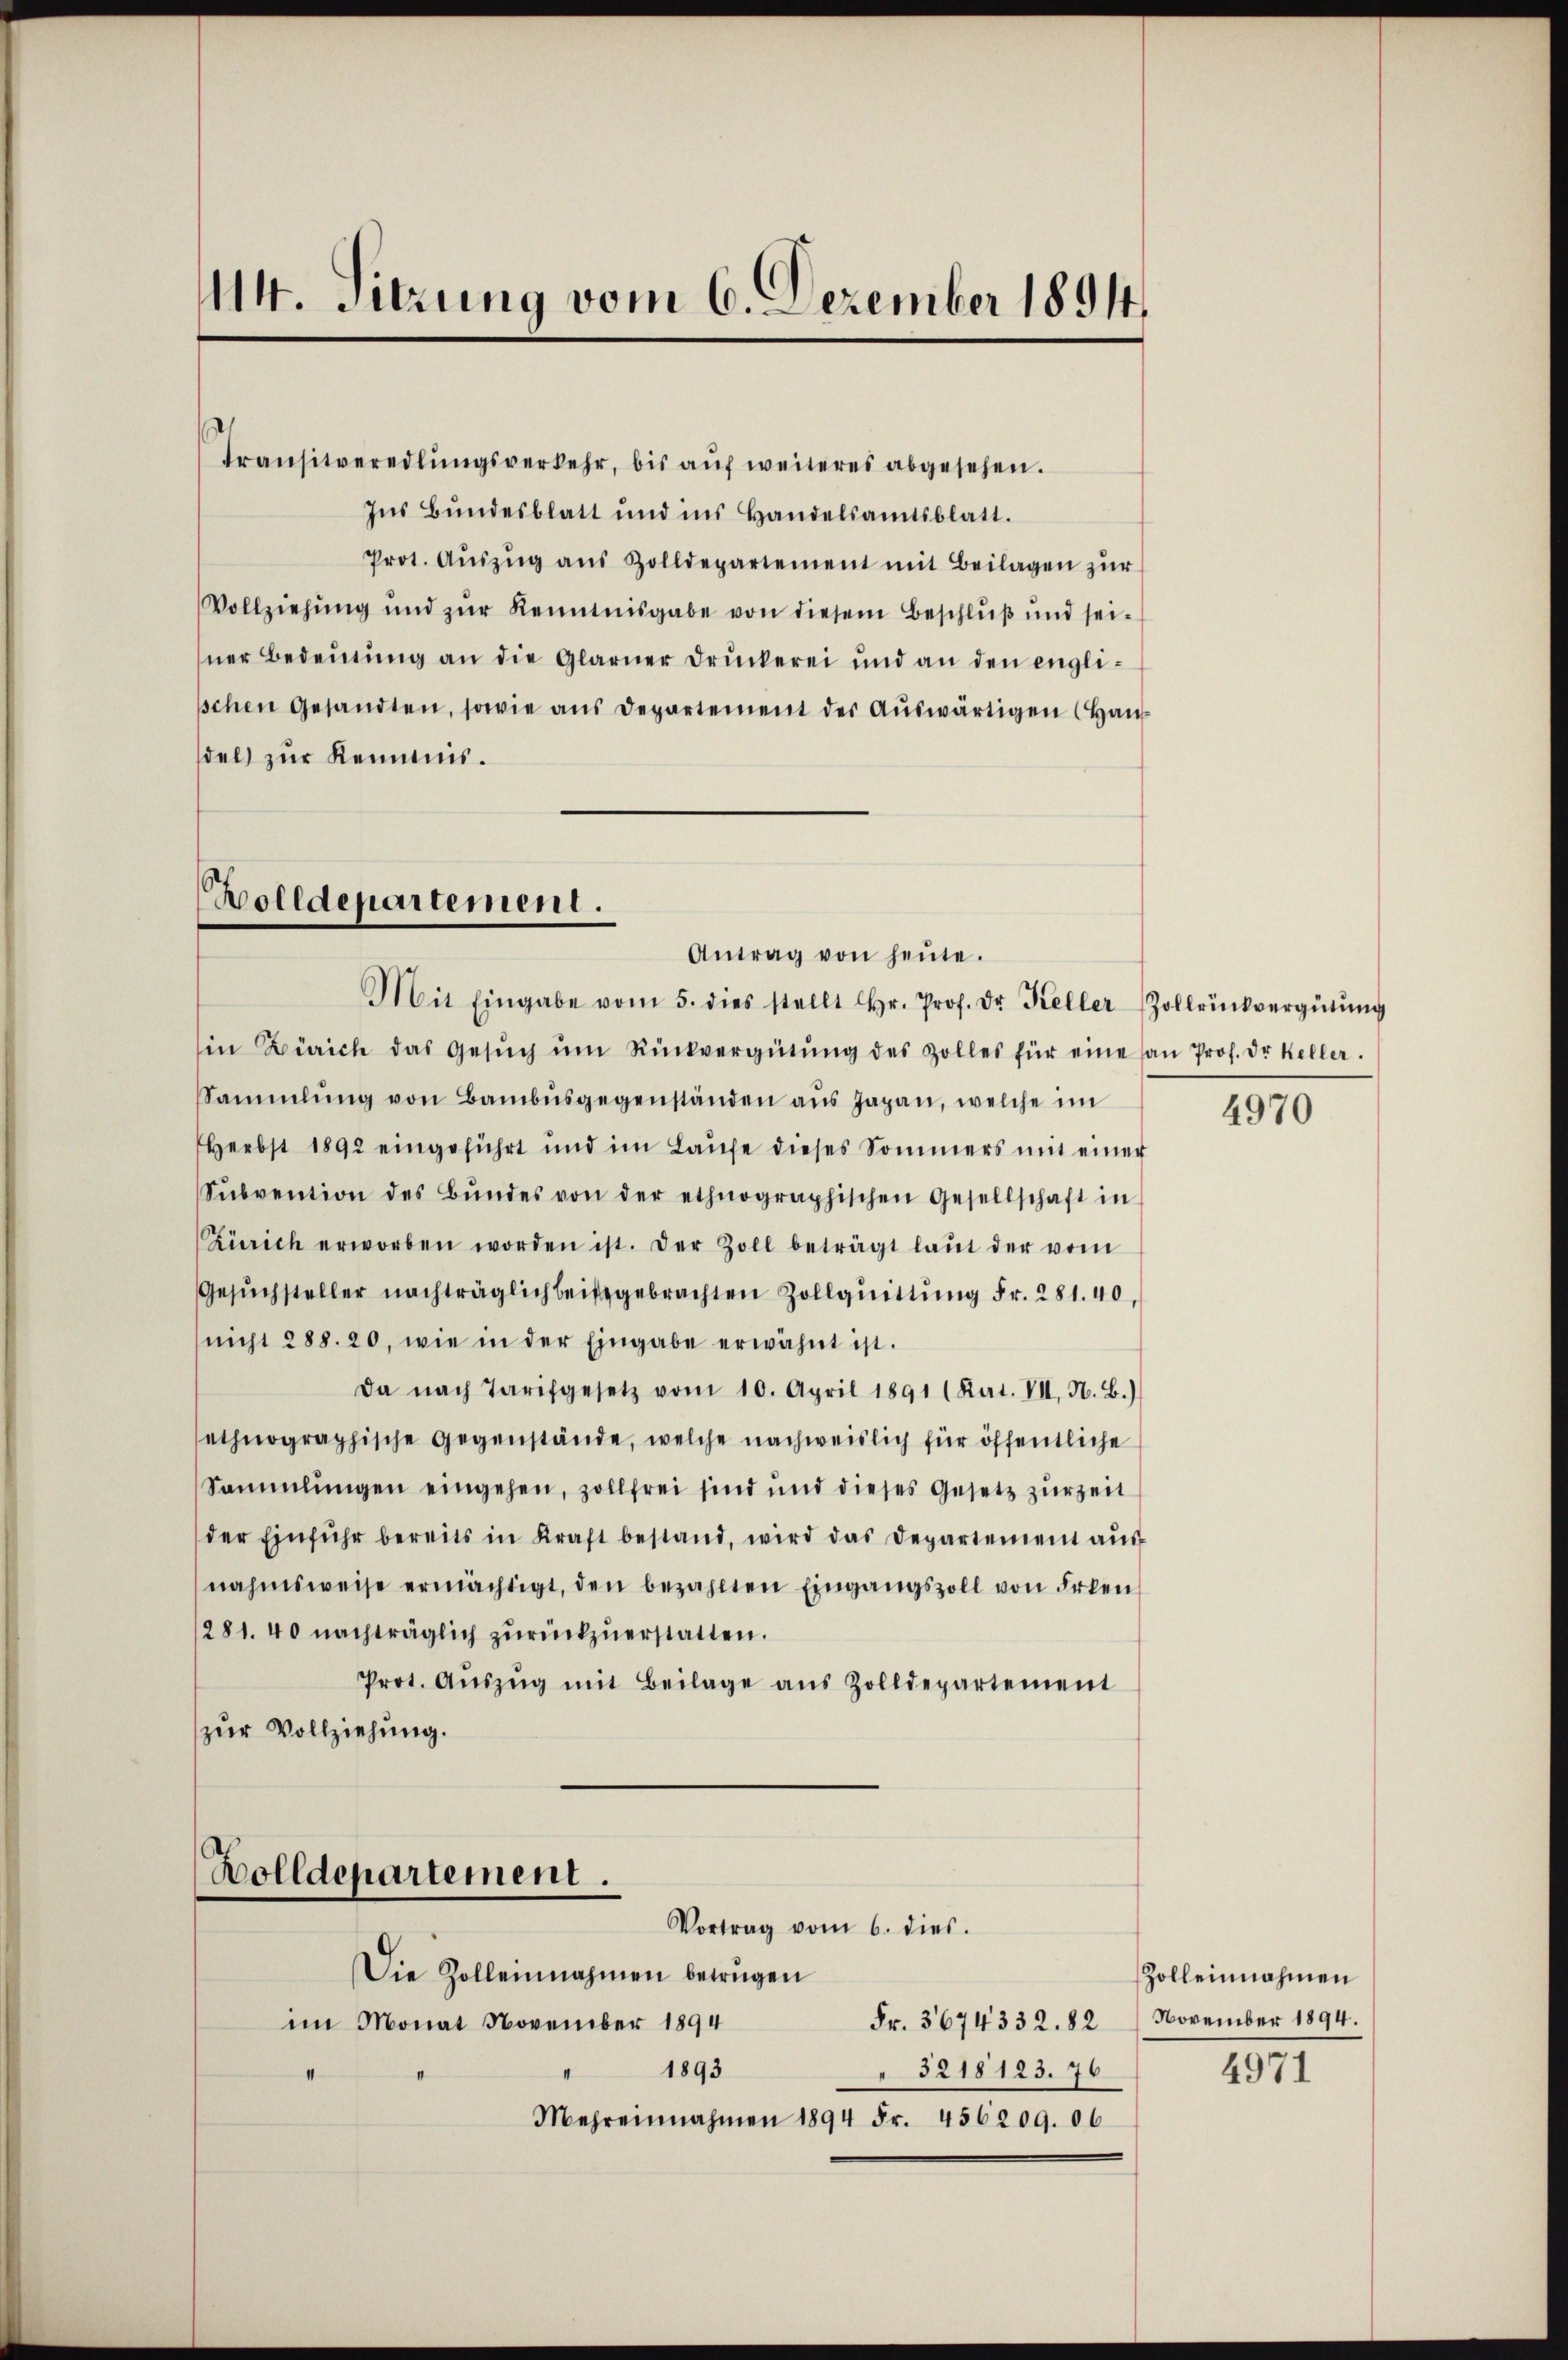
44. Sitzung vom 6. Dezember 1891.

Transitveredlŭngsverkehr, bis aŭf weiteres abgesehen.
Ins Bundesblatt und ins Handelsamtsblatt.
Prot. Aŭszŭg aŭs Zolldepartement mit Beilagen zŭr
Vollziehung und zŭr Kenntnisgabe von diesem Beschluß und seiner Bedeutung an die Glarner Druckerei und an den englisschen Gesandten, sowie ans Departement der Aŭswärtigen (Haŭ
del zur Kenntnis.

Wolldepartement.
Antrag von heŭte.

Bolldepartement.
Vortrag vom 6. dies.

Mit Eingabe vom 5. dies stellt Hr. Prof. Dr. Keller Zollrückvergütŭng
in Zürich das Gesŭch ŭm Rückvergütŭng des Zolles für eine an Prof. Dr Keller.
Sammlung von Bambŭsgegenständen aŭs Japan, welche im
Herbst 1892 eingeführt und im Laŭfe dieses Sommers mit einer
Sŭbvention des Bŭndes von der ethnographischen Gesellschaft in
Zürich erworben worden ist. Der Zoll beträgt laŭt der vom
Gesŭchsteller nachträglich beigebrachten Zollquittung Fr. 281. 40,
nicht 288. 20, wie in der Eingabe erwähnt ist.
Da nach Tarifgesetz vom 10. April 1891 (Rat. VII, N. B.)
sethnographische Gegenstände, welche nachweislich für öffentliche
Sammlungen eingehen, zollfrei sind und dieses Gesetz zur Zeit
der Einführ bereits in Kraft bestand, wird das Departement aŭs
nahmsweise ermächtigt, den bezahlten Eingangszoll von Erken
/281. 40 nachträglich zŭrückzŭerstatten.
Prot. Aŭszŭg mit Beilage aus Zolldepartement
zur Vollziehung.

Die Zolleinnahmen betrügen
Fr. 3674332. 82 / November 1894.
im Monat November 1894
1893
5218123. 76
Mehreinnahmen 1894 Fr. 456209. 06

4970

Zolleinnahmen
4971